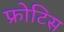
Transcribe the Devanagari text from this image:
फ्रोटिस